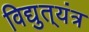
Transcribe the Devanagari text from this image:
विद्युत्‌यंत्र